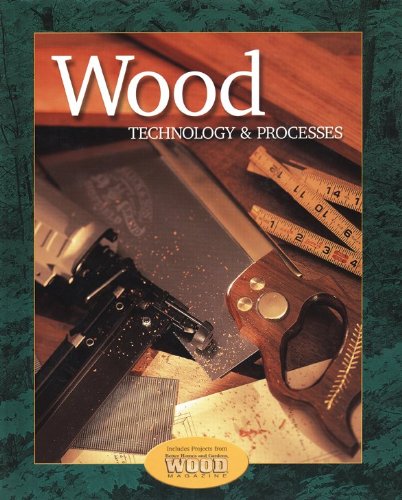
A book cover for Wood Technology & Processes, Student Text; McGraw-Hill; Teen & Young Adult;